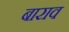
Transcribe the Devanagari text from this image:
बाराव